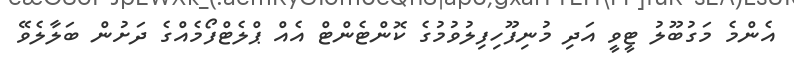
އެންމެ މަގުބޫލު ޓީވީ އަދި މުނިފޫހިފިލުވުމުގެ ކޮންޓެންޓް އެއް ޕްލެޓްފޯމެއްގެ ދަށުން ބަލާލެވޭ